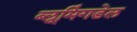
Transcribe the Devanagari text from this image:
ब्लूमिंगडेल